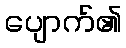
ပျောက်၏